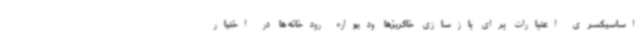
اساسیکسری اعتبارات برای بازسازی خاکریزها ودیواره رودخانه ها در اختیار